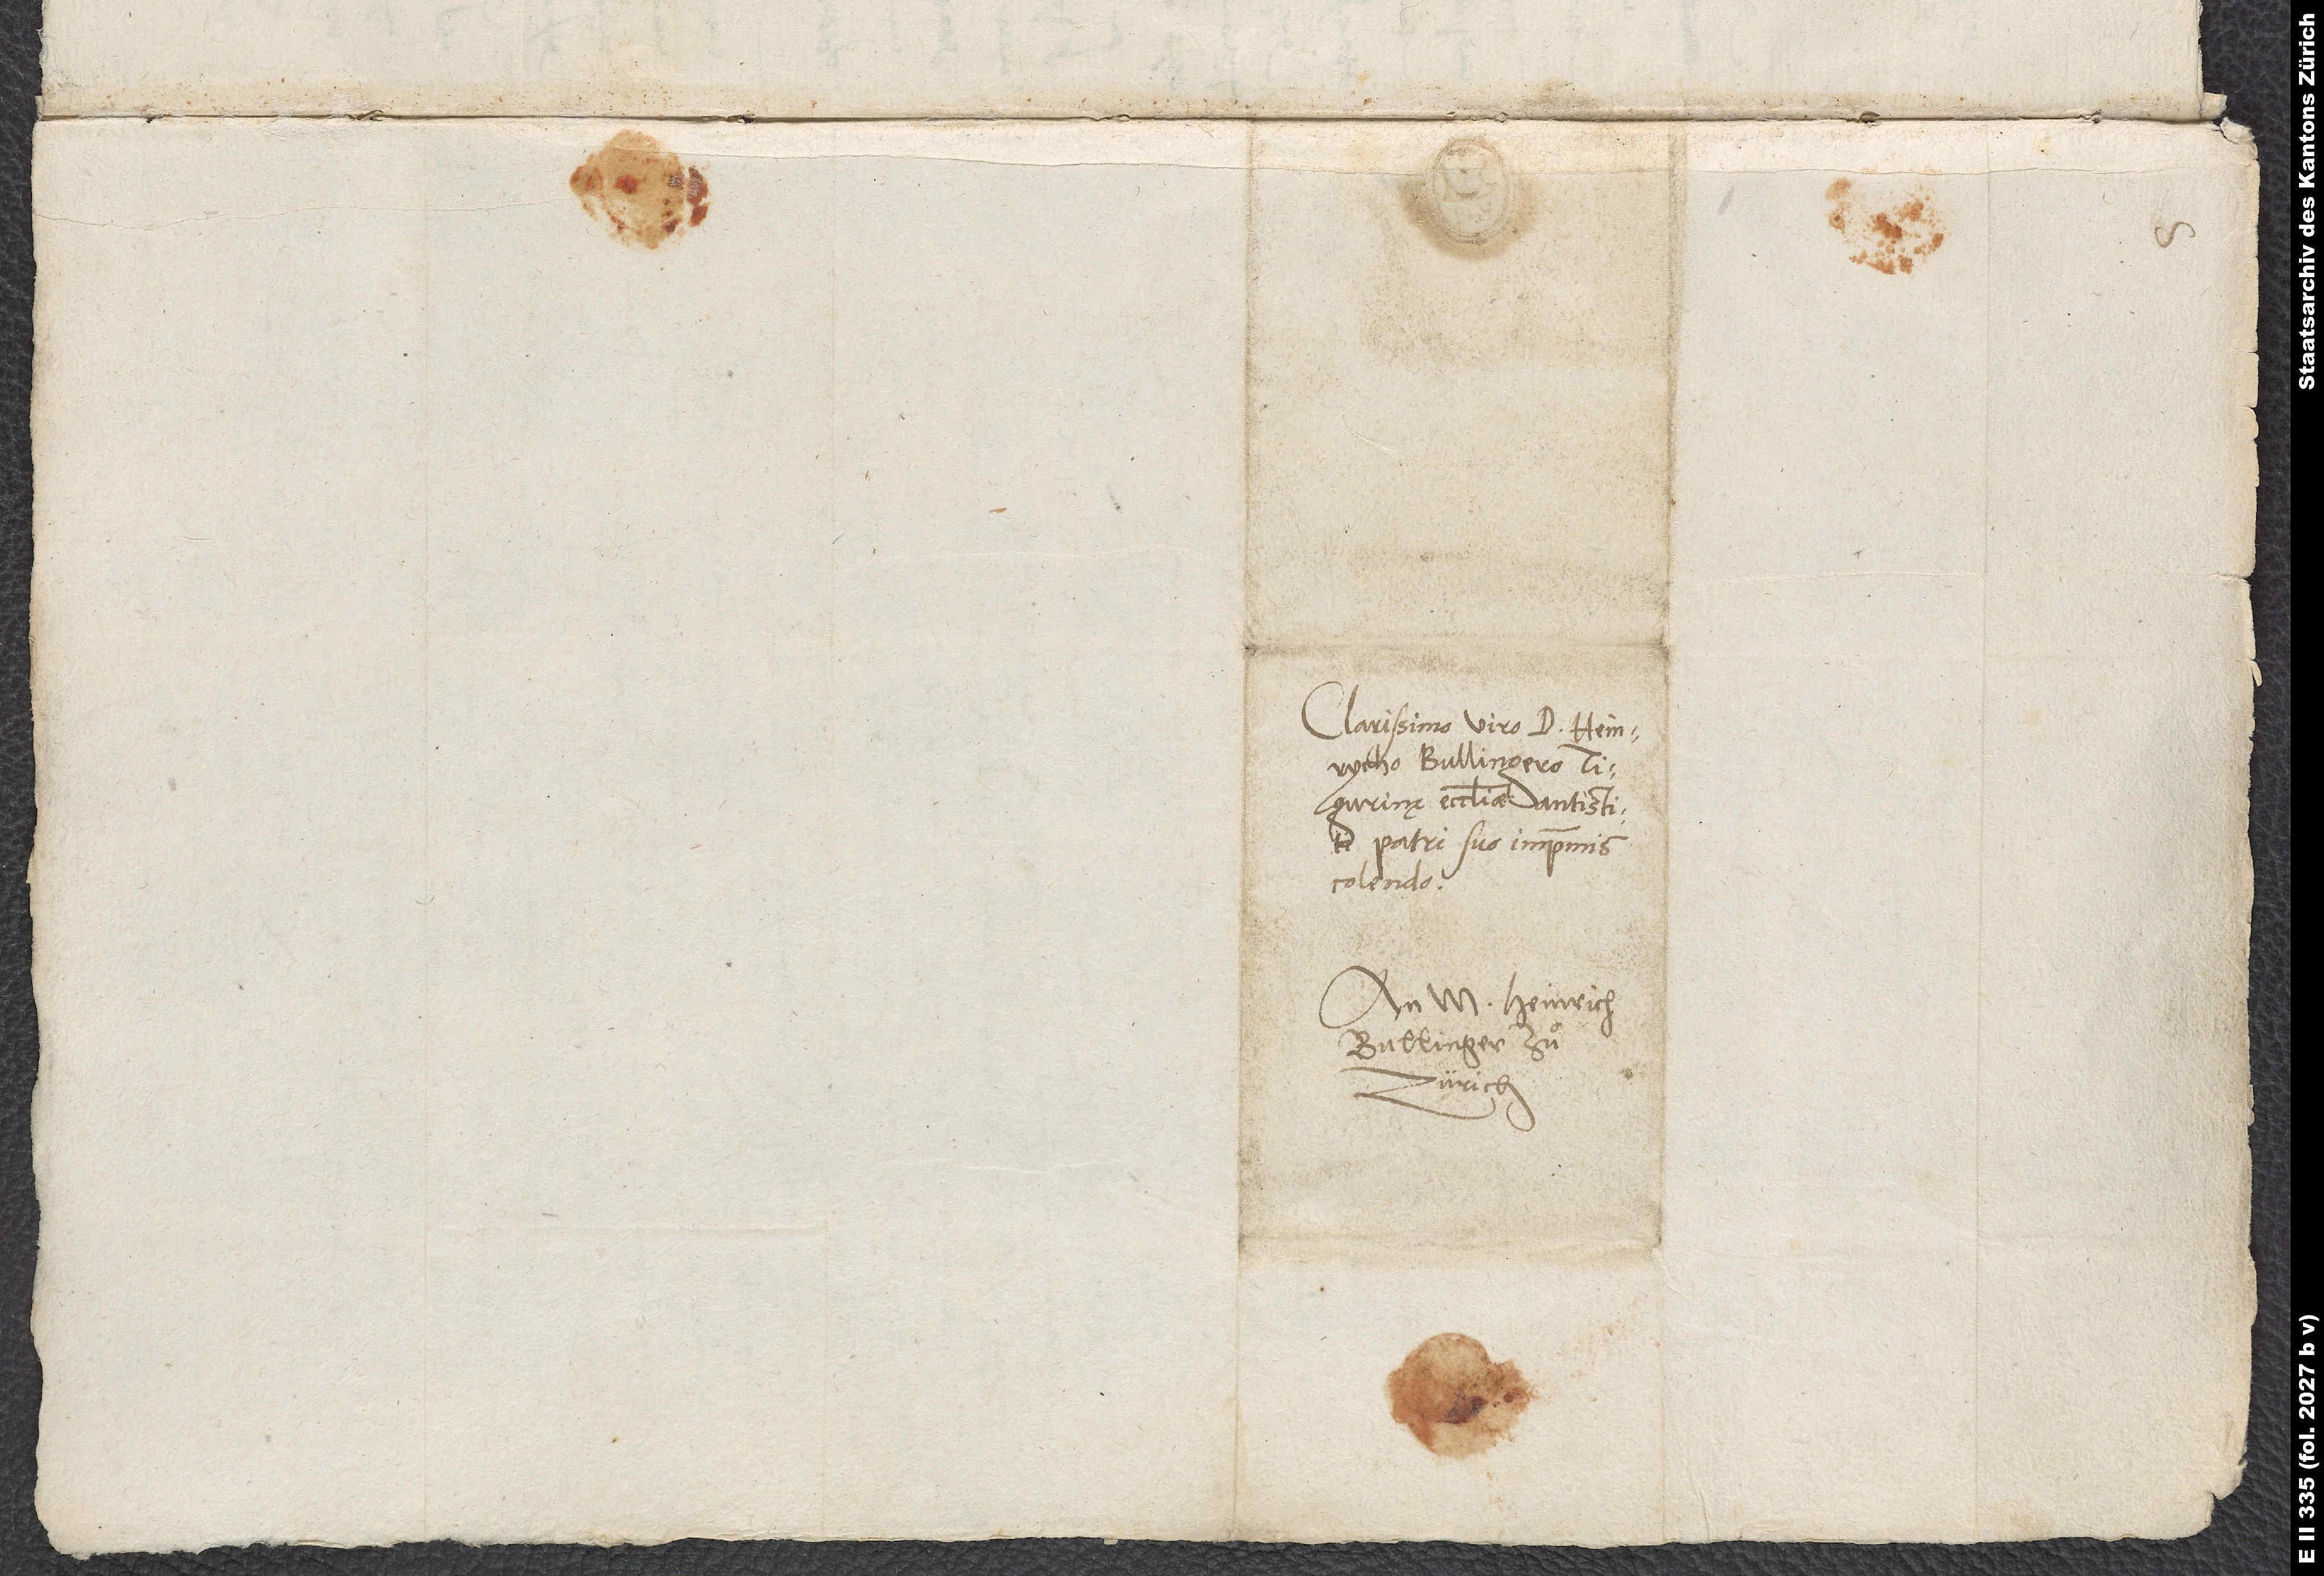
Clarissimo viro d. Heinrycho
Bullingero,
Tigurinę ecclesiae antistiti,
patri suo imprimis
colendo.
An M. Heinrich
Bullinger zuͦ
Zürich.